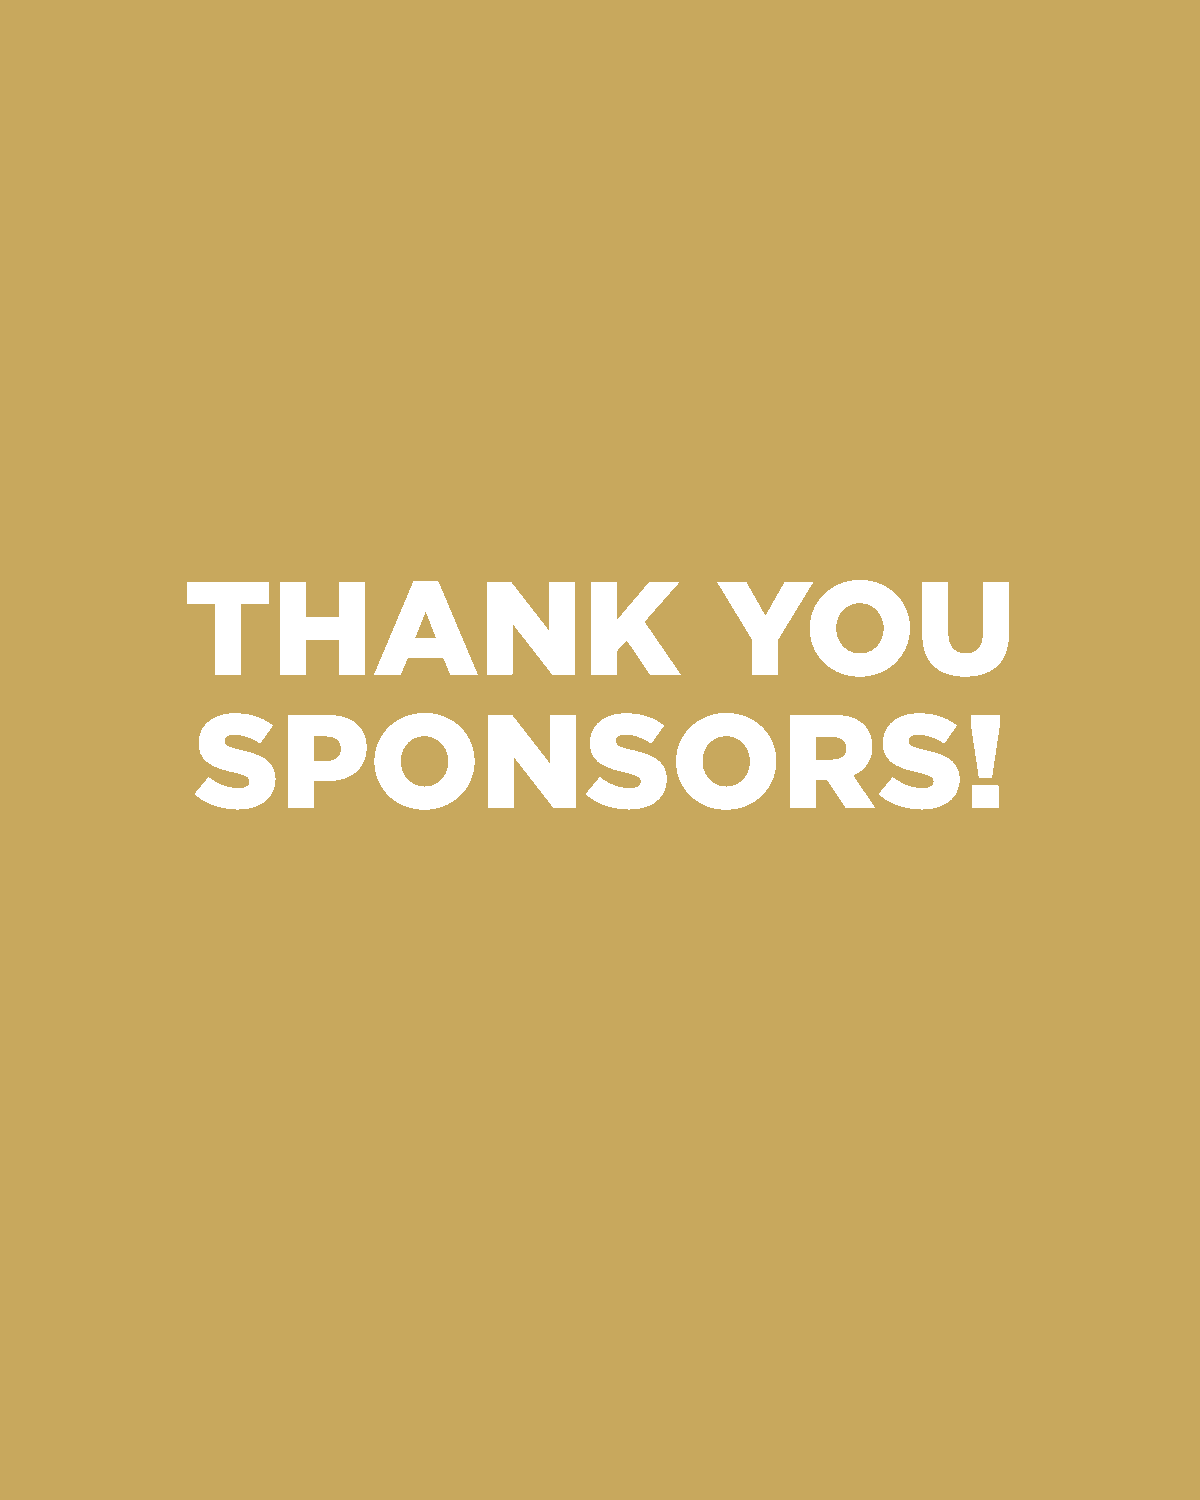
THANK                              YOU
 SPONSORS!